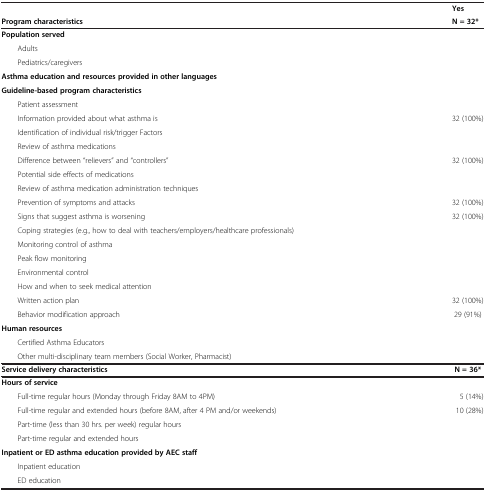
<table><thead><tr><td>[EMPTY_CELL]</td><td><b>Yes</b></td></tr><tr><td><b>Program characteristics</b></td><td><b>N = 32*</b></td></tr></thead><tbody><tr><td><b>Population served</b></td><td>[EMPTY_CELL]</td></tr><tr><td>Adults</td><td>[EMPTY_CELL]</td></tr><tr><td>Pediatrics/caregivers</td><td>[EMPTY_CELL]</td></tr><tr><td><b>Asthma education and resources provided in other languages</b></td><td>[EMPTY_CELL]</td></tr><tr><td><b>Guideline-based program characteristics</b></td><td>[EMPTY_CELL]</td></tr><tr><td>Patient assessment</td><td>[EMPTY_CELL]</td></tr><tr><td>Information provided about what asthma is</td><td>32 (100%)</td></tr><tr><td>Identification of individual risk/trigger Factors</td><td>[EMPTY_CELL]</td></tr><tr><td>Review of asthma medications</td><td>[EMPTY_CELL]</td></tr><tr><td>Difference between “relievers” and “controllers”</td><td>32 (100%)</td></tr><tr><td>Potential side effects of medications</td><td>[EMPTY_CELL]</td></tr><tr><td>Review of asthma medication administration techniques</td><td>[EMPTY_CELL]</td></tr><tr><td>Prevention of symptoms and attacks</td><td>32 (100%)</td></tr><tr><td>Signs that suggest asthma is worsening</td><td>32 (100%)</td></tr><tr><td>Coping strategies (e.g., how to deal with teachers/employers/healthcare professionals)</td><td>[EMPTY_CELL]</td></tr><tr><td>Monitoring control of asthma</td><td>[EMPTY_CELL]</td></tr><tr><td>Peak flow monitoring</td><td>[EMPTY_CELL]</td></tr><tr><td>Environmental control</td><td>[EMPTY_CELL]</td></tr><tr><td>How and when to seek medical attention</td><td>[EMPTY_CELL]</td></tr><tr><td>Written action plan</td><td>32 (100%)</td></tr><tr><td>Behavior modification approach</td><td>29 (91%)</td></tr><tr><td><b>Human resources</b></td><td>[EMPTY_CELL]</td></tr><tr><td>Certified Asthma Educators</td><td>[EMPTY_CELL]</td></tr><tr><td>Other multi-disciplinary team members (Social Worker, Pharmacist)</td><td>[EMPTY_CELL]</td></tr><tr><td><b>Service delivery characteristics</b></td><td><b>N = 36*</b></td></tr><tr><td><b>Hours of service</b></td><td>[EMPTY_CELL]</td></tr><tr><td>Full-time regular hours (Monday through Friday 8AM to 4PM)</td><td>5 (14%)</td></tr><tr><td>Full-time regular and extended hours (before 8AM, after 4 PM and/or weekends)</td><td>10 (28%)</td></tr><tr><td>Part-time (less than 30 hrs. per week) regular hours</td><td>[EMPTY_CELL]</td></tr><tr><td>Part-time regular and extended hours</td><td>[EMPTY_CELL]</td></tr><tr><td><b>Inpatient or ED asthma education provided by AEC staff</b></td><td>[EMPTY_CELL]</td></tr><tr><td>Inpatient education</td><td>[EMPTY_CELL]</td></tr><tr><td>ED education</td><td>[EMPTY_CELL]</td></tr></tbody></table>